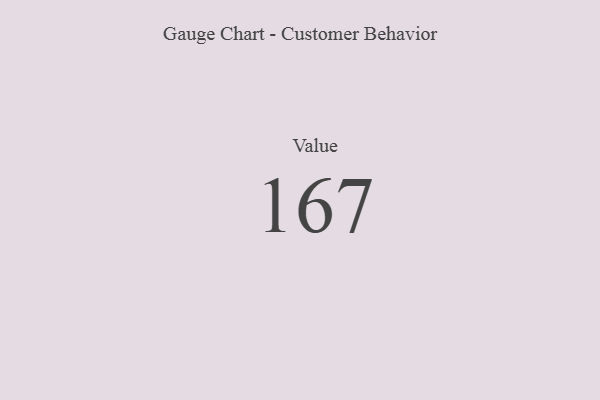
{"axis": {"x": "Metric", "y": "Value"}, "legend": [""], "data": [{"x": "Value", "y": 167, "type": ""}]}